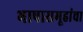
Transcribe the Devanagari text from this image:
भाषासमूहांचा